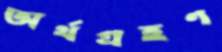
অর্থগ্রহণ